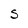
Character: s